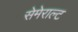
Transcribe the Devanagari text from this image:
सेमेराल्ट